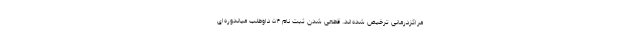
مراکزدرمانی ترخیص شده‌اند. قطعی شدن ثبت نام ۵۴ داوطلب میاندوره‌ای